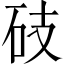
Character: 𥑂